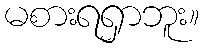
မစားရရှာဘူး။